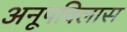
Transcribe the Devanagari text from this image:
अनूपविलास